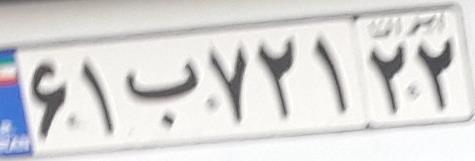
۶۱ب۷۲۱۲۲